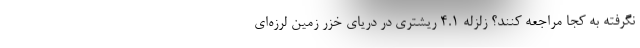
نگرفته به کجا مراجعه کنند؟ زلزله ۴.۱ ریشتری در دریای خزر زمین لرزه‌ای